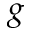
g